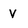
Character: V